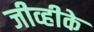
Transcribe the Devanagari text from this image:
जीव्हीके